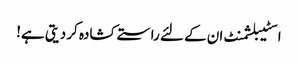
اسٹیبلشمنٹ ان کے لئے راستے کشادہ کر دیتی ہے!